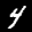
Label: 4